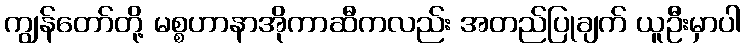
ကျွန်တော်တို့ မစ္စဟာနာအိုကာဆီကလည်း အတည်ပြုချက် ယူဦးမှာပါ